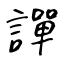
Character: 譂